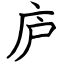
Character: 庐